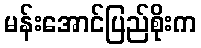
မန်းအောင်ပြည်စိုးက